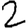
Digit: 2